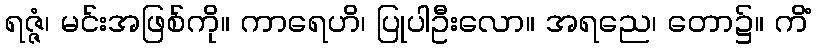
ရဇ္ဇံ၊ မင်းအဖြစ်ကို။ ကာရေဟိ၊ ပြုပါဦးလော။ အရညေ၊ တော၌။ ကိံ